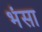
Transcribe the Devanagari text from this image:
भंसा